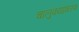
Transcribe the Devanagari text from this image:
चालुक्याभरण